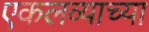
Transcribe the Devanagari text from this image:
एकलव्याच्या